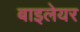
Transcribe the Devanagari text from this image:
बाइलेयर